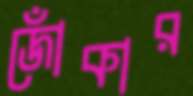
জোঁকার